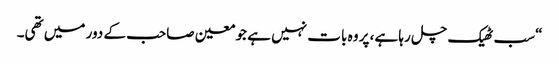
“سب ٹھیک چل رہا ہے، پر وہ بات نہیں ہے جو معین صاحب کے دور میں تھی۔